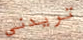
تريدنى